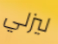
ليزلي